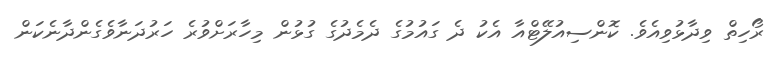
ރޯހިތް ވިދާޅުވިއެވެ. ކޮންސިއުލޭޓްއާ އެކު ދެ ގައުމުގެ ދެމެދުގެ ގުޅުން މިހާރަށްވުރެ ހަރުދަނާވެގެންދާނެކަން